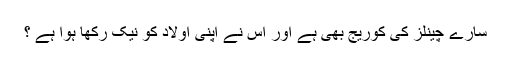
سارے چینلز کی کوریج بھی ہے اور اس نے اپنی اولاد کو نیک رکھا ہوا ہے ؟